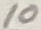
Text: 10